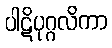
ပါဋိပုဂ္ဂလိကာ